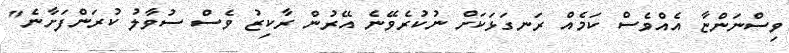
ވިސްނަންޏާ އެއްވެސް ކަމެއް ރަނގަޅަކަށް ނުކުރެވޭނެ އޭރުން ރާކިޒު ވެސް ސުވާލު ކުރަންފަށާނެ"